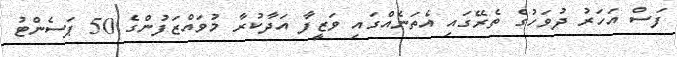
ފަސް އަހަރު ދުވަހުގެ ތެރޭގައި އެތަނެއްގައި ވަޒީފާ އަދާކުރާ މުވައްޒަފުންގެ 50 ޕަސެންޓު